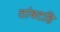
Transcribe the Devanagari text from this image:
तांबटहि